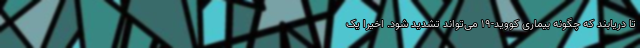
تا دریابند که چگونه بیماری کووید-۱۹ می‌تواند تشدید شود. اخیرا یک